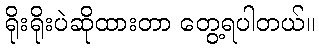
ရိုးရိုးပဲဆိုထားတာ တွေ့ရပါတယ်။